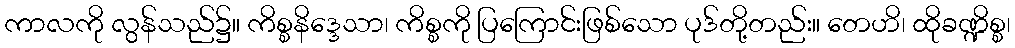
ကာလကို လွန်သည်၌။ ကိစ္စနိဒ္ဒေသာ၊ ကိစ္စကို ပြကြောင်းဖြစ်သော ပုဒ်တို့တည်း။ တေဟိ၊ ထိုခဏ္ဍိစ္စ၊